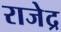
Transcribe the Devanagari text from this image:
राजेद्र